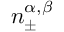
n _ { \pm } ^ { \alpha , \beta }